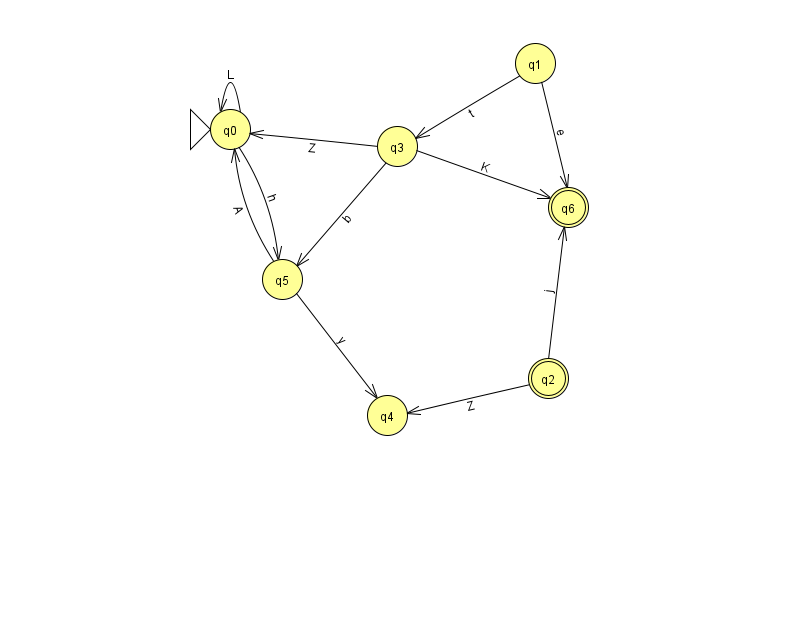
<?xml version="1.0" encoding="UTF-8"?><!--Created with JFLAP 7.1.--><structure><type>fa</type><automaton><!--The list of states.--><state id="0" name="q0"><x>230.0</x><y>116.0</y><initial/></state><state id="1" name="q1"><x>535.0</x><y>50.0</y></state><state id="2" name="q2"><x>548.0</x><y>365.0</y><final/></state><state id="3" name="q3"><x>397.0</x><y>133.0</y></state><state id="4" name="q4"><x>387.0</x><y>402.0</y></state><state id="5" name="q5"><x>282.0</x><y>266.0</y></state><state id="6" name="q6"><x>568.0</x><y>194.0</y><final/></state><!--The list of transitions.--><transition><from>0</from><to>5</to><read>h</read></transition><transition><from>2</from><to>4</to><read>Z</read></transition><transition><from>3</from><to>6</to><read>K</read></transition><transition><from>1</from><to>3</to><read>t</read></transition><transition><from>2</from><to>6</to><read>j</read></transition><transition><from>5</from><to>0</to><read>A</read></transition><transition><from>1</from><to>6</to><read>e</read></transition><transition><from>0</from><to>0</to><read>L</read></transition><transition><from>3</from><to>0</to><read>Z</read></transition><transition><from>3</from><to>5</to><read>b</read></transition><transition><from>5</from><to>4</to><read>y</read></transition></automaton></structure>